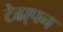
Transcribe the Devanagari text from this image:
टेढा़पन